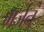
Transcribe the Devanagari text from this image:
भर्जनं